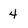
Character: 4